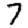
Digit: 7